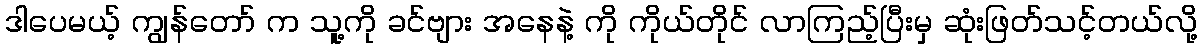
ဒါပေမယ့် ကျွန်တော် က သူ့ကို ခင်ဗျား အနေနဲ့ ကို ကိုယ်တိုင် လာကြည့်ပြီးမှ ဆုံးဖြတ်သင့်တယ်လို့